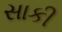
સાકી